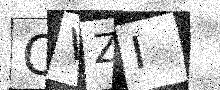
Text: QVZI